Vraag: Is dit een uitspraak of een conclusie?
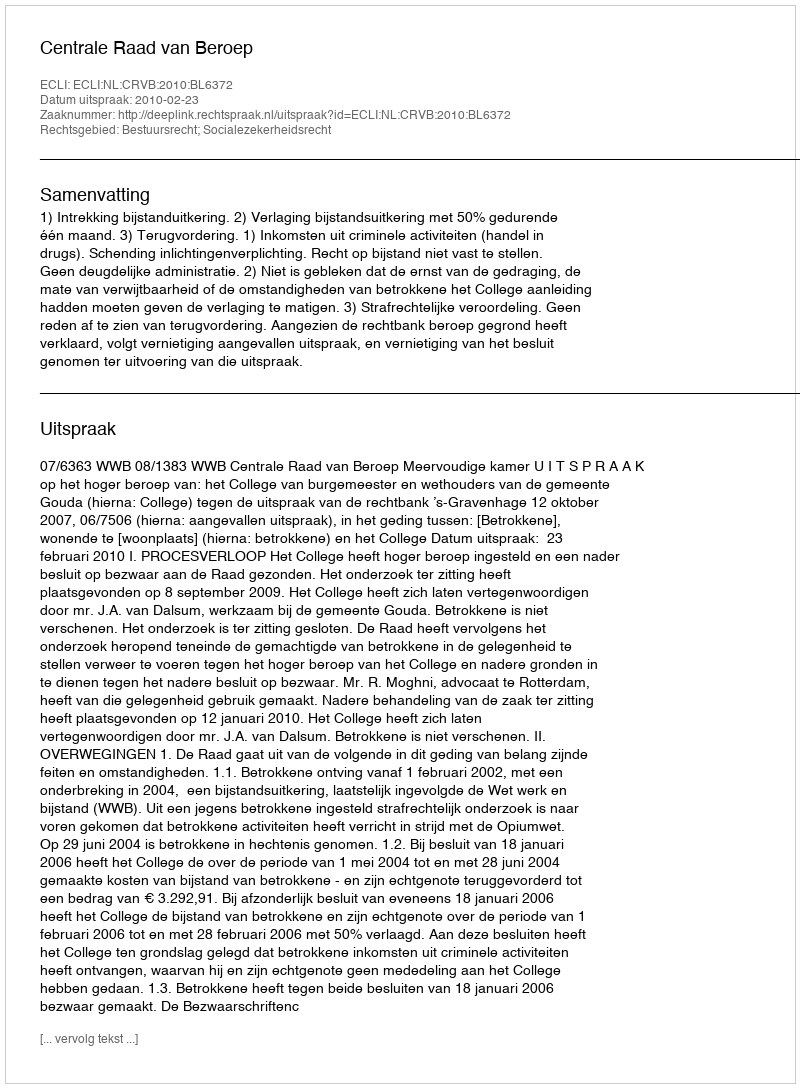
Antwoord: Uitspraak